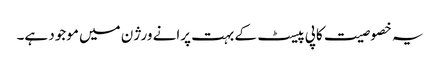
یہ خصوصیت کاپی پیسٹ کے بہت پرانے ورژن میں موجود ہے۔